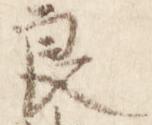
良